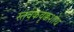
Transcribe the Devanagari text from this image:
स्तवकवृक्कशोथ